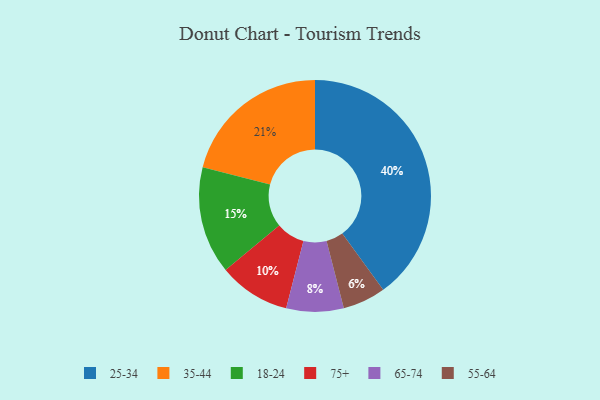
{"axis": {"x": "Category", "y": "Percentage"}, "legend": ["18-24", "25-34", "35-44", "55-64", "65-74", "75+"], "data": [{"x": "75+", "y": 10, "type": "75+"}, {"x": "65-74", "y": 8, "type": "65-74"}, {"x": "35-44", "y": 21, "type": "35-44"}, {"x": "25-34", "y": 40, "type": "25-34"}, {"x": "18-24", "y": 15, "type": "18-24"}, {"x": "55-64", "y": 6, "type": "55-64"}]}